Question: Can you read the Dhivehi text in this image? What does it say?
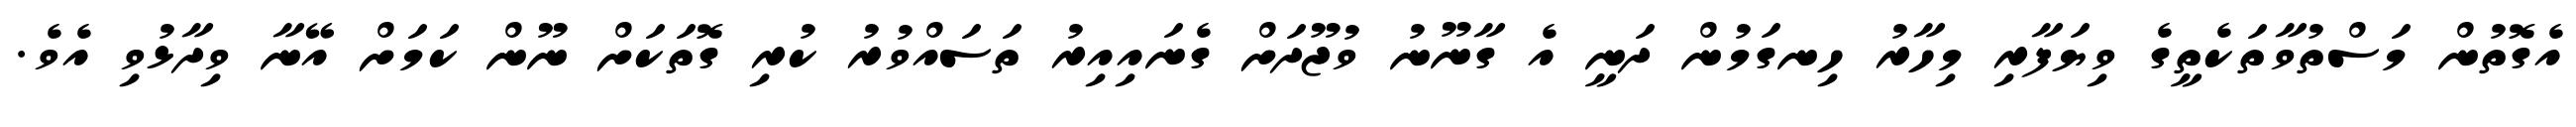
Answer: އެގޮތުން މަސްތުވާތަކެތީގެ ވިޔަފާރި މިހާރު ހިނގަމުން ދަނީ އެ ގާނޫނު ވުޖޫދަށް ގެނައިއިރު ތަސައްވުރު ކުރި ގޮތަކަށް ނޫން ކަމަށް އޭނާ ވިދާޅުވި އެވެ.